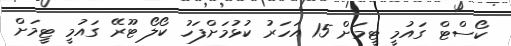
ކޯސްޓް ގައުމީ ޓީމަށް 15 އަހަރު ކުޅުމަށްފަހު ކޯލޯ ޓޫރޭ ގައުމީ ޓީމަށް